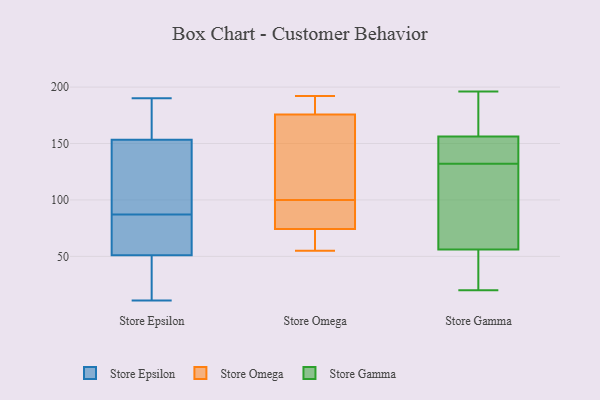
{"axis": {"x": "Active Users", "y": "Value"}, "legend": ["Store Epsilon", "Store Gamma", "Store Omega"], "data": [{"x": "", "y": 148, "type": "Store Epsilon"}, {"x": "", "y": 32, "type": "Store Epsilon"}, {"x": "", "y": 11, "type": "Store Epsilon"}, {"x": "", "y": 87, "type": "Store Epsilon"}, {"x": "", "y": 170, "type": "Store Epsilon"}, {"x": "", "y": 49, "type": "Store Epsilon"}, {"x": "", "y": 133, "type": "Store Epsilon"}, {"x": "", "y": 48, "type": "Store Epsilon"}, {"x": "", "y": 190, "type": "Store Epsilon"}, {"x": "", "y": 155, "type": "Store Epsilon"}, {"x": "", "y": 122, "type": "Store Epsilon"}, {"x": "", "y": 46, "type": "Store Epsilon"}, {"x": "", "y": 183, "type": "Store Epsilon"}, {"x": "", "y": 86, "type": "Store Epsilon"}, {"x": "", "y": 71, "type": "Store Epsilon"}, {"x": "", "y": 178, "type": "Store Epsilon"}, {"x": "", "y": 57, "type": "Store Epsilon"}, {"x": "", "y": 63, "type": "Store Epsilon"}, {"x": "", "y": 140, "type": "Store Epsilon"}, {"x": "", "y": 81, "type": "Store Omega"}, {"x": "", "y": 60, "type": "Store Omega"}, {"x": "", "y": 97, "type": "Store Omega"}, {"x": "", "y": 167, "type": "Store Omega"}, {"x": "", "y": 101, "type": "Store Omega"}, {"x": "", "y": 72, "type": "Store Omega"}, {"x": "", "y": 175, "type": "Store Omega"}, {"x": "", "y": 100, "type": "Store Omega"}, {"x": "", "y": 178, "type": "Store Omega"}, {"x": "", "y": 75, "type": "Store Omega"}, {"x": "", "y": 192, "type": "Store Omega"}, {"x": "", "y": 55, "type": "Store Omega"}, {"x": "", "y": 185, "type": "Store Omega"}, {"x": "", "y": 179, "type": "Store Gamma"}, {"x": "", "y": 55, "type": "Store Gamma"}, {"x": "", "y": 139, "type": "Store Gamma"}, {"x": "", "y": 159, "type": "Store Gamma"}, {"x": "", "y": 26, "type": "Store Gamma"}, {"x": "", "y": 49, "type": "Store Gamma"}, {"x": "", "y": 109, "type": "Store Gamma"}, {"x": "", "y": 166, "type": "Store Gamma"}, {"x": "", "y": 133, "type": "Store Gamma"}, {"x": "", "y": 132, "type": "Store Gamma"}, {"x": "", "y": 20, "type": "Store Gamma"}, {"x": "", "y": 71, "type": "Store Gamma"}, {"x": "", "y": 148, "type": "Store Gamma"}, {"x": "", "y": 59, "type": "Store Gamma"}, {"x": "", "y": 196, "type": "Store Gamma"}]}